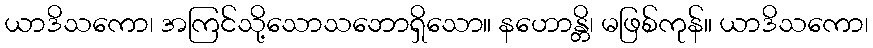
ယာဒိသကော၊ အကြင်သို့သောသဘောရှိသော။ နဟောန္တိ၊ မဖြစ်ကုန်။ ယာဒိသကော၊